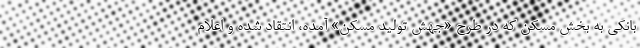
بانکی به بخش مسکن که در طرح «جهش تولید مسکن» آمده، انتقاد شده و اعلام